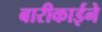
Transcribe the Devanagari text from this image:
बारीकाईने